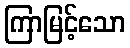
ကြာမြင့်သော